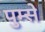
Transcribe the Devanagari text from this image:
पुम्से